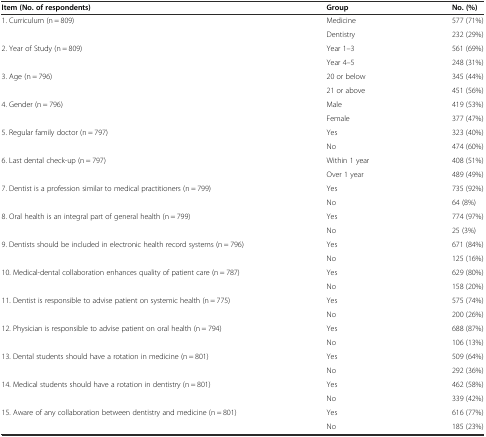
<table><thead><tr><td><b>Item (No. of respondents)</b></td><td><b>Group</b></td><td><b>No. (%)</b></td></tr></thead><tbody><tr><td>1. Curriculum (n = 809)</td><td>Medicine</td><td>577 (71%)</td></tr><tr><td></td><td>Dentistry</td><td>232 (29%)</td></tr><tr><td>2. Year of Study (n = 809)</td><td>Year 1–3</td><td>561 (69%)</td></tr><tr><td></td><td>Year 4–5</td><td>248 (31%)</td></tr><tr><td>3. Age (n = 796)</td><td>20 or below</td><td>345 (44%)</td></tr><tr><td></td><td>21 or above</td><td>451 (56%)</td></tr><tr><td>4. Gender (n = 796)</td><td>Male</td><td>419 (53%)</td></tr><tr><td></td><td>Female</td><td>377 (47%)</td></tr><tr><td>5. Regular family doctor (n = 797)</td><td>Yes</td><td>323 (40%)</td></tr><tr><td></td><td>No</td><td>474 (60%)</td></tr><tr><td>6. Last dental check-up (n = 797)</td><td>Within 1 year</td><td>408 (51%)</td></tr><tr><td></td><td>Over 1 year</td><td>489 (49%)</td></tr><tr><td>7. Dentist is a profession similar to medical practitioners (n = 799)</td><td>Yes</td><td>735 (92%)</td></tr><tr><td></td><td>No</td><td>64 (8%)</td></tr><tr><td>8. Oral health is an integral part of general health (n = 799)</td><td>Yes</td><td>774 (97%)</td></tr><tr><td></td><td>No</td><td>25 (3%)</td></tr><tr><td>9. Dentists should be included in electronic health record systems (n = 796)</td><td>Yes</td><td>671 (84%)</td></tr><tr><td></td><td>No</td><td>125 (16%)</td></tr><tr><td>10. Medical-dental collaboration enhances quality of patient care (n = 787)</td><td>Yes</td><td>629 (80%)</td></tr><tr><td></td><td>No</td><td>158 (20%)</td></tr><tr><td>11. Dentist is responsible to advise patient on systemic health (n = 775)</td><td>Yes</td><td>575 (74%)</td></tr><tr><td></td><td>No</td><td>200 (26%)</td></tr><tr><td>12. Physician is responsible to advise patient on oral health (n = 794)</td><td>Yes</td><td>688 (87%)</td></tr><tr><td></td><td>No</td><td>106 (13%)</td></tr><tr><td>13. Dental students should have a rotation in medicine (n = 801)</td><td>Yes</td><td>509 (64%)</td></tr><tr><td></td><td>No</td><td>292 (36%)</td></tr><tr><td>14. Medical students should have a rotation in dentistry (n = 801)</td><td>Yes</td><td>462 (58%)</td></tr><tr><td></td><td>No</td><td>339 (42%)</td></tr><tr><td>15. Aware of any collaboration between dentistry and medicine (n = 801)</td><td>Yes</td><td>616 (77%)</td></tr><tr><td></td><td>No</td><td>185 (23%)</td></tr></tbody></table>